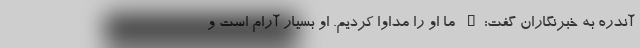
آندره به خبرنگاران گفت:" ما او را مداوا کردیم. او بسیار آرام است و